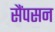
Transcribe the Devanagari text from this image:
सैंपसन